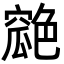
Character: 𦫪